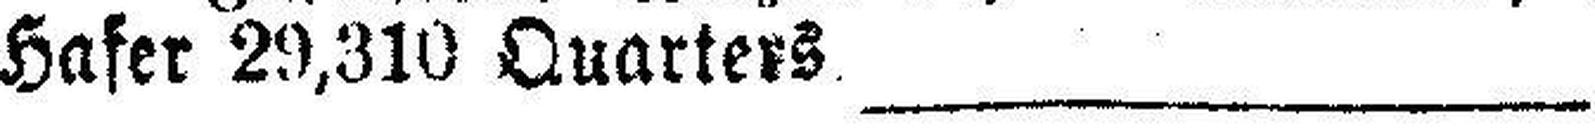
Hafer 29,310 Quarters.